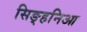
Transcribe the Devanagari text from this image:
सिङ्हनिआ